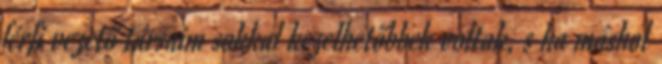
férfi vezető társaim sokkal kezelhetőbbek voltak, s ha máshol